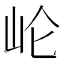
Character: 𱛍